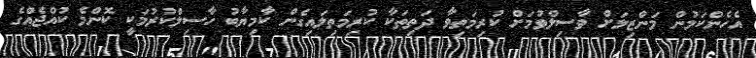
އެހެންކަމުން މަންޒިލަށް ވާސިލްވުމަށް ކުރިމަތިވާ ދަތިތަކާ ކުރިމަތިލައިގެން ކާމިޔާބު ހާސިލްކުރުމަކީ ކޮންމެ ކުއްޖެއްގެ